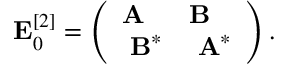
\begin{array} { r } { \mathbf { E } _ { 0 } ^ { [ 2 ] } = \left( \begin{array} { l l } { \mathbf { A } } & { \mathbf { B } } \\ { ~ \mathbf { B } ^ { * } } & { ~ \mathbf { A } ^ { * } } \end{array} \right) . } \end{array}